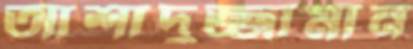
আশাদুজ্জামান